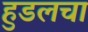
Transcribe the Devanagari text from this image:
हुडलचा